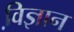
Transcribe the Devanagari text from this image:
वि़ज्ञान